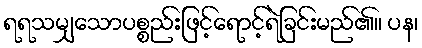
ရရသမျှသောပစ္စည်းဖြင့်ရောင့်ရဲခြင်းမည်၏။ ပန၊